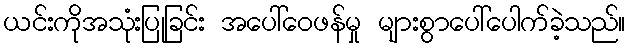
ယင်းကိုအသုံးပြုခြင်း အပေါ်ဝေဖန်မှု များစွာပေါ်ပေါက်ခဲ့သည်။